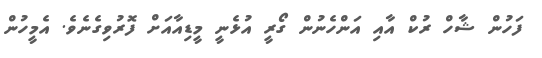
ފަހުން ޝާހް ރުކް އާއި އަންހެނުން ގޯރީ އުޅެނީ މީޑިއާއަށް ފޮރުވިގެނެވެ. އެމީހުން